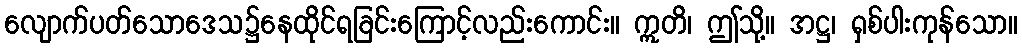
လျောက်ပတ်သောဒေသ၌နေထိုင်ရခြင်းကြောင့်လည်းကောင်း။ ဣတိ၊ ဤသို့။ အဋ္ဌ၊ ရှစ်ပါးကုန်သော။